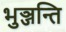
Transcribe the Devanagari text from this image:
भुञ्जन्ति